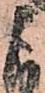
よ